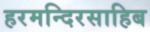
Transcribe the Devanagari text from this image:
हरमन्दिरसाहिब